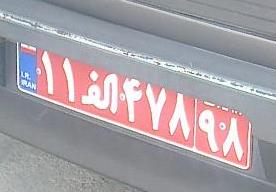
۱۱ا۴۷۸۹۸